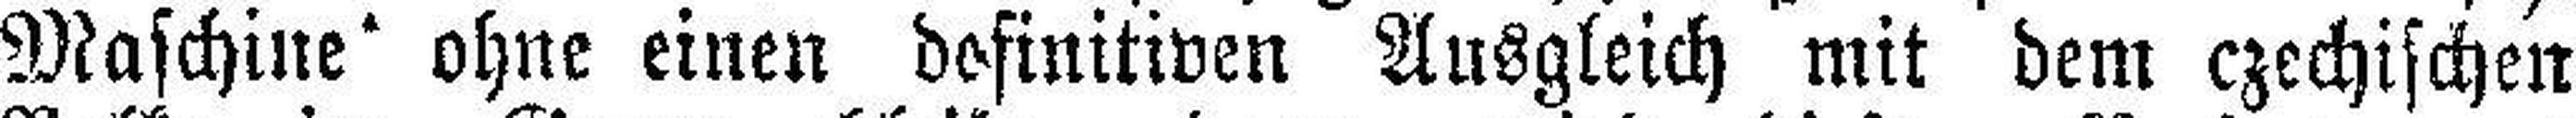
Maschine ohne einen definitiven Ausgleich mit dem czechischen